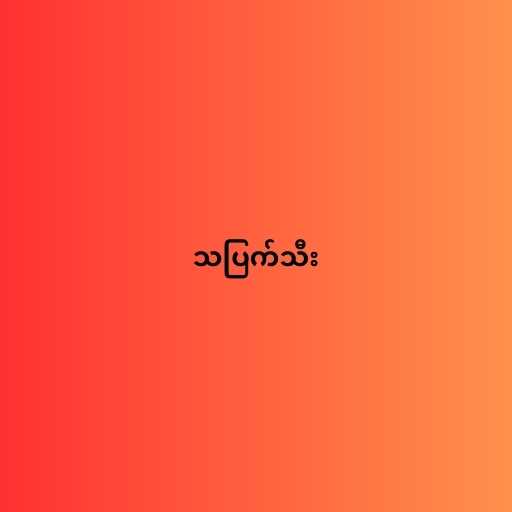
သပြက်သီး